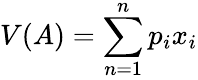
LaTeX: V(A)=\sum_{n=1}^{n}p_{i}x_{i}